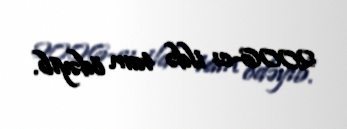
2006-cı ildə tam ödəyib.